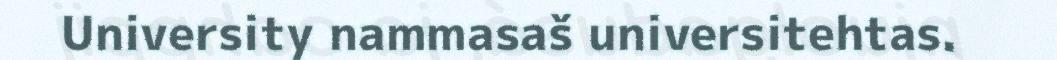
University nammasaš universitehtas.